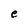
Character: e